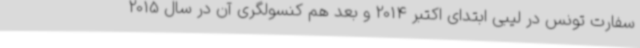
سفارت تونس در لیبی ابتدای اکتبر 2014 و بعد هم کنسولگری آن در سال 2015